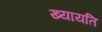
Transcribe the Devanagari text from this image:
ख्यायति